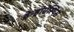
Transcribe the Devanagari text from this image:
डेन्ड्रोऐस्पिस